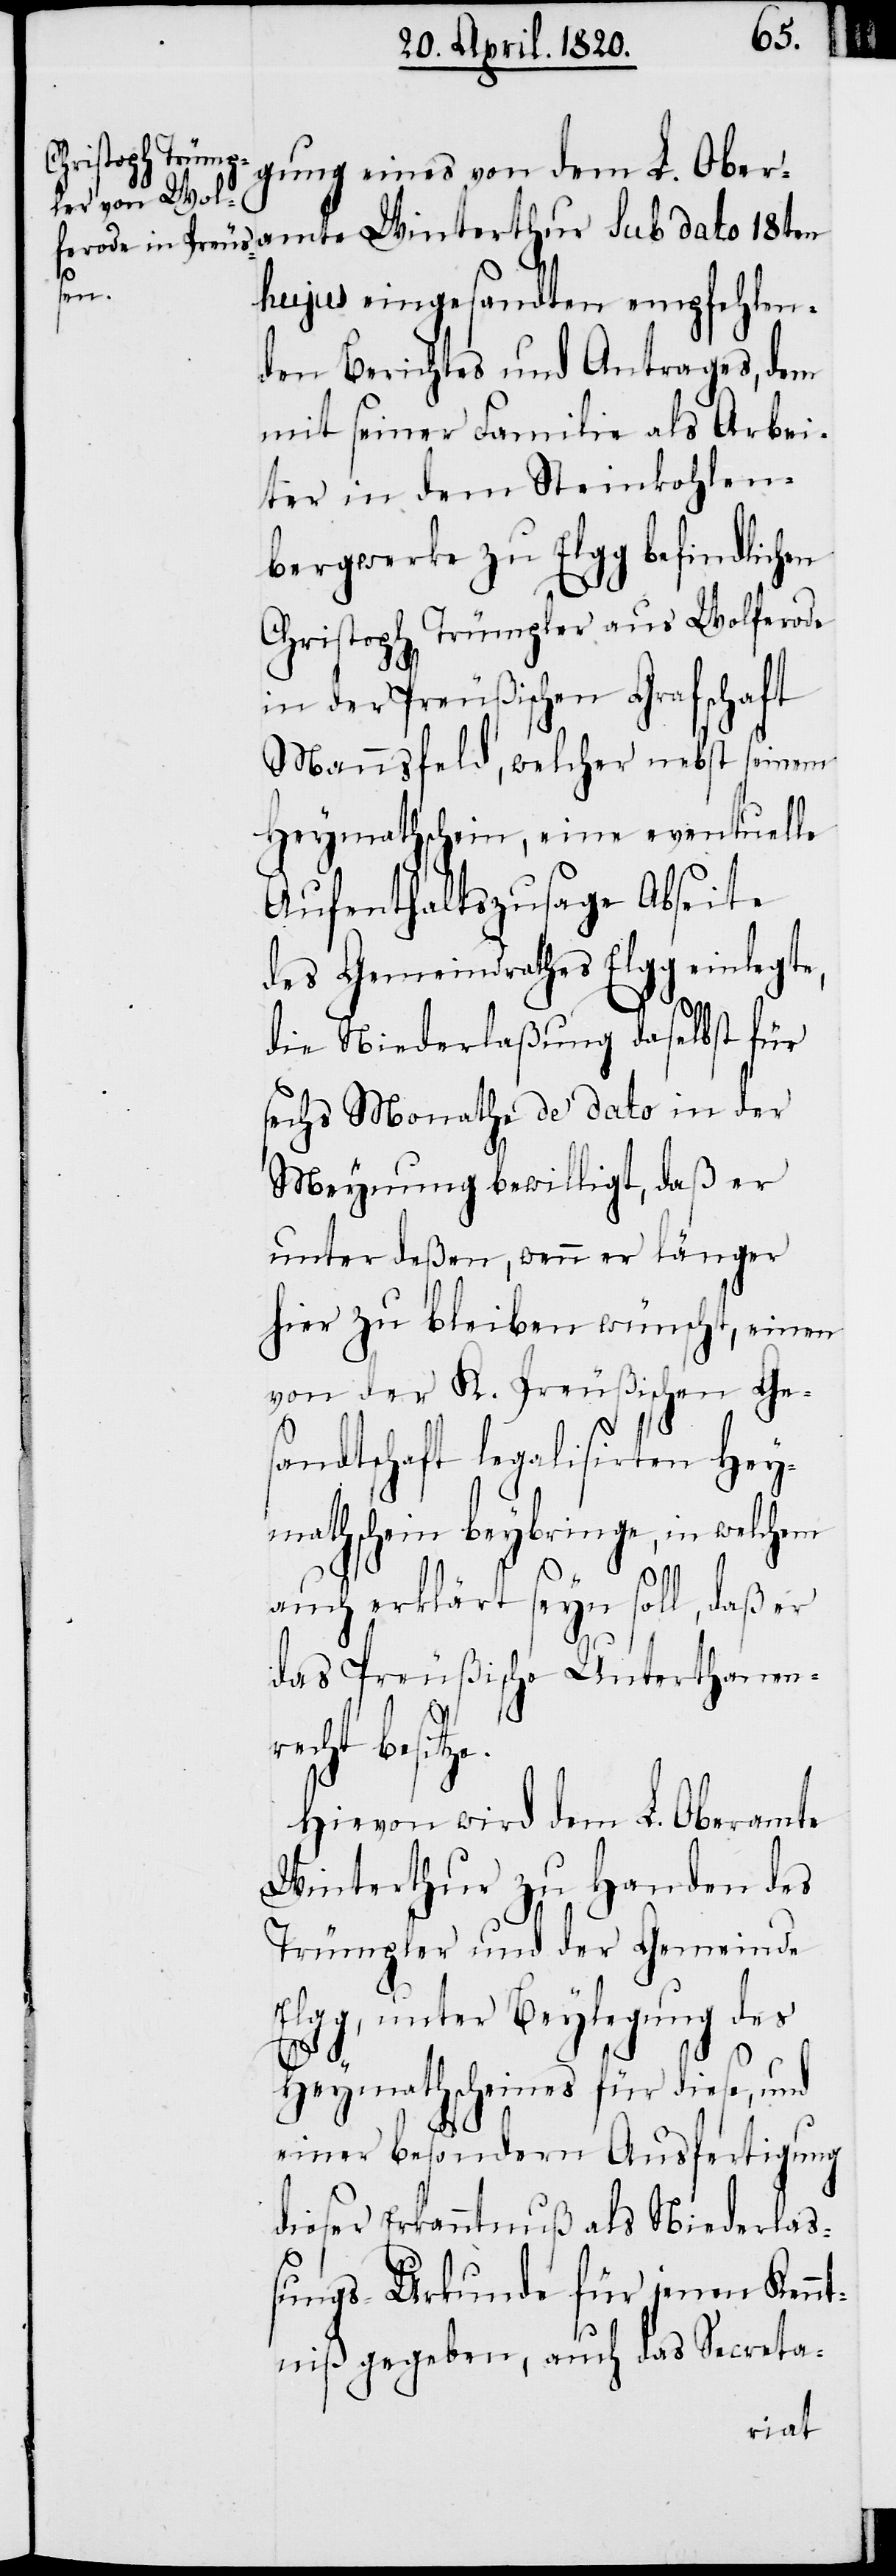
ze.

gung eines von dem L. Ober¬
amte Winterthur Sub dato 18ten
hujus eingesandten empfehlen¬
den Berichtes und Antrages, dem
mit seiner Familie als Arbei¬
ter in dem Steinkohlen¬
bergwerke zu Elgg befindlichen
Christoph Trümpler aus Wolferode
in der Preußischen Grafschaft
Mannsfeld, welcher nebst seinem
Heymathschein, eine eventuelle
Aufenthaltszusage Abseite
des Gemeindrathes Elgg einlegte,
die Niederlaβung daselbst für
sechs Monathe de dato in der
Meynung bewilligt, daβ er
unter deßen, wenn er länger
hier zu bleiben wünscht, einen
von der K. Preußischen Ge¬
sandtschaft legalisirten Hey¬
mathschein beybringe, in welchem
auch erklärt seyn soll, daβ er
das Preußische Unterthanenr¬
echt besit¬
Hiervon wird dem L. Oberamt
Winterthur zu Handen des
Trümpler und der Gemeinde
Elgg, unter Beylegung des
Heymathscheines für diese, und
einer besondern Ausfertigung
dieser Erkenntnuβ als Niederlaß¬
ungs-Urkunde für jenen Kennt¬
niβ gegeben, auch das Secreta-